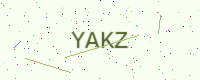
Text: YAKZ